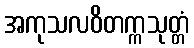
အကုသလဝိတက္ကသုတ္တံ